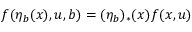
f ( \eta _ { b } ( x ) , u , b ) = ( \eta _ { b } ) _ { * } ( x ) f ( x , u )